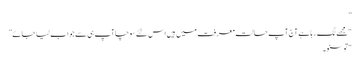
”
“مجھے لگ رہا ہے آج آپ حالت معرفت میں ہیں اس لئے سوچا آپ ہی سے جواب لیا جائے”
“تو سنو۔